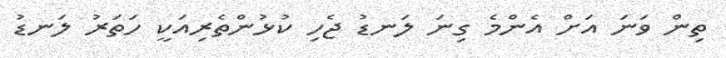
ތިން ވަނަ އަށް އެންމެ ގިނަ ލަނޑު ޖެހި ކުޅުންތެރިއަކީ ހަތަރު ލަނޑު